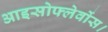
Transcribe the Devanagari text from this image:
आइसोफ्लेवोंस।